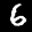
Label: 6